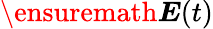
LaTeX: \ensuremath{\boldsymbol{E}}(t)